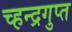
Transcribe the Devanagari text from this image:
च्हन्द्रगुप्त